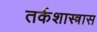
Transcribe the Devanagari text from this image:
तर्कशास्त्रास